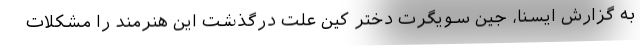
به گزارش ایسنا، جین سویگرت دختر کین علت درگذشت این هنرمند را مشکلات